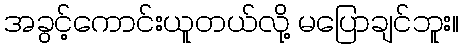
အခွင့်ကောင်းယူတယ်လို့ မပြောချင်ဘူး။